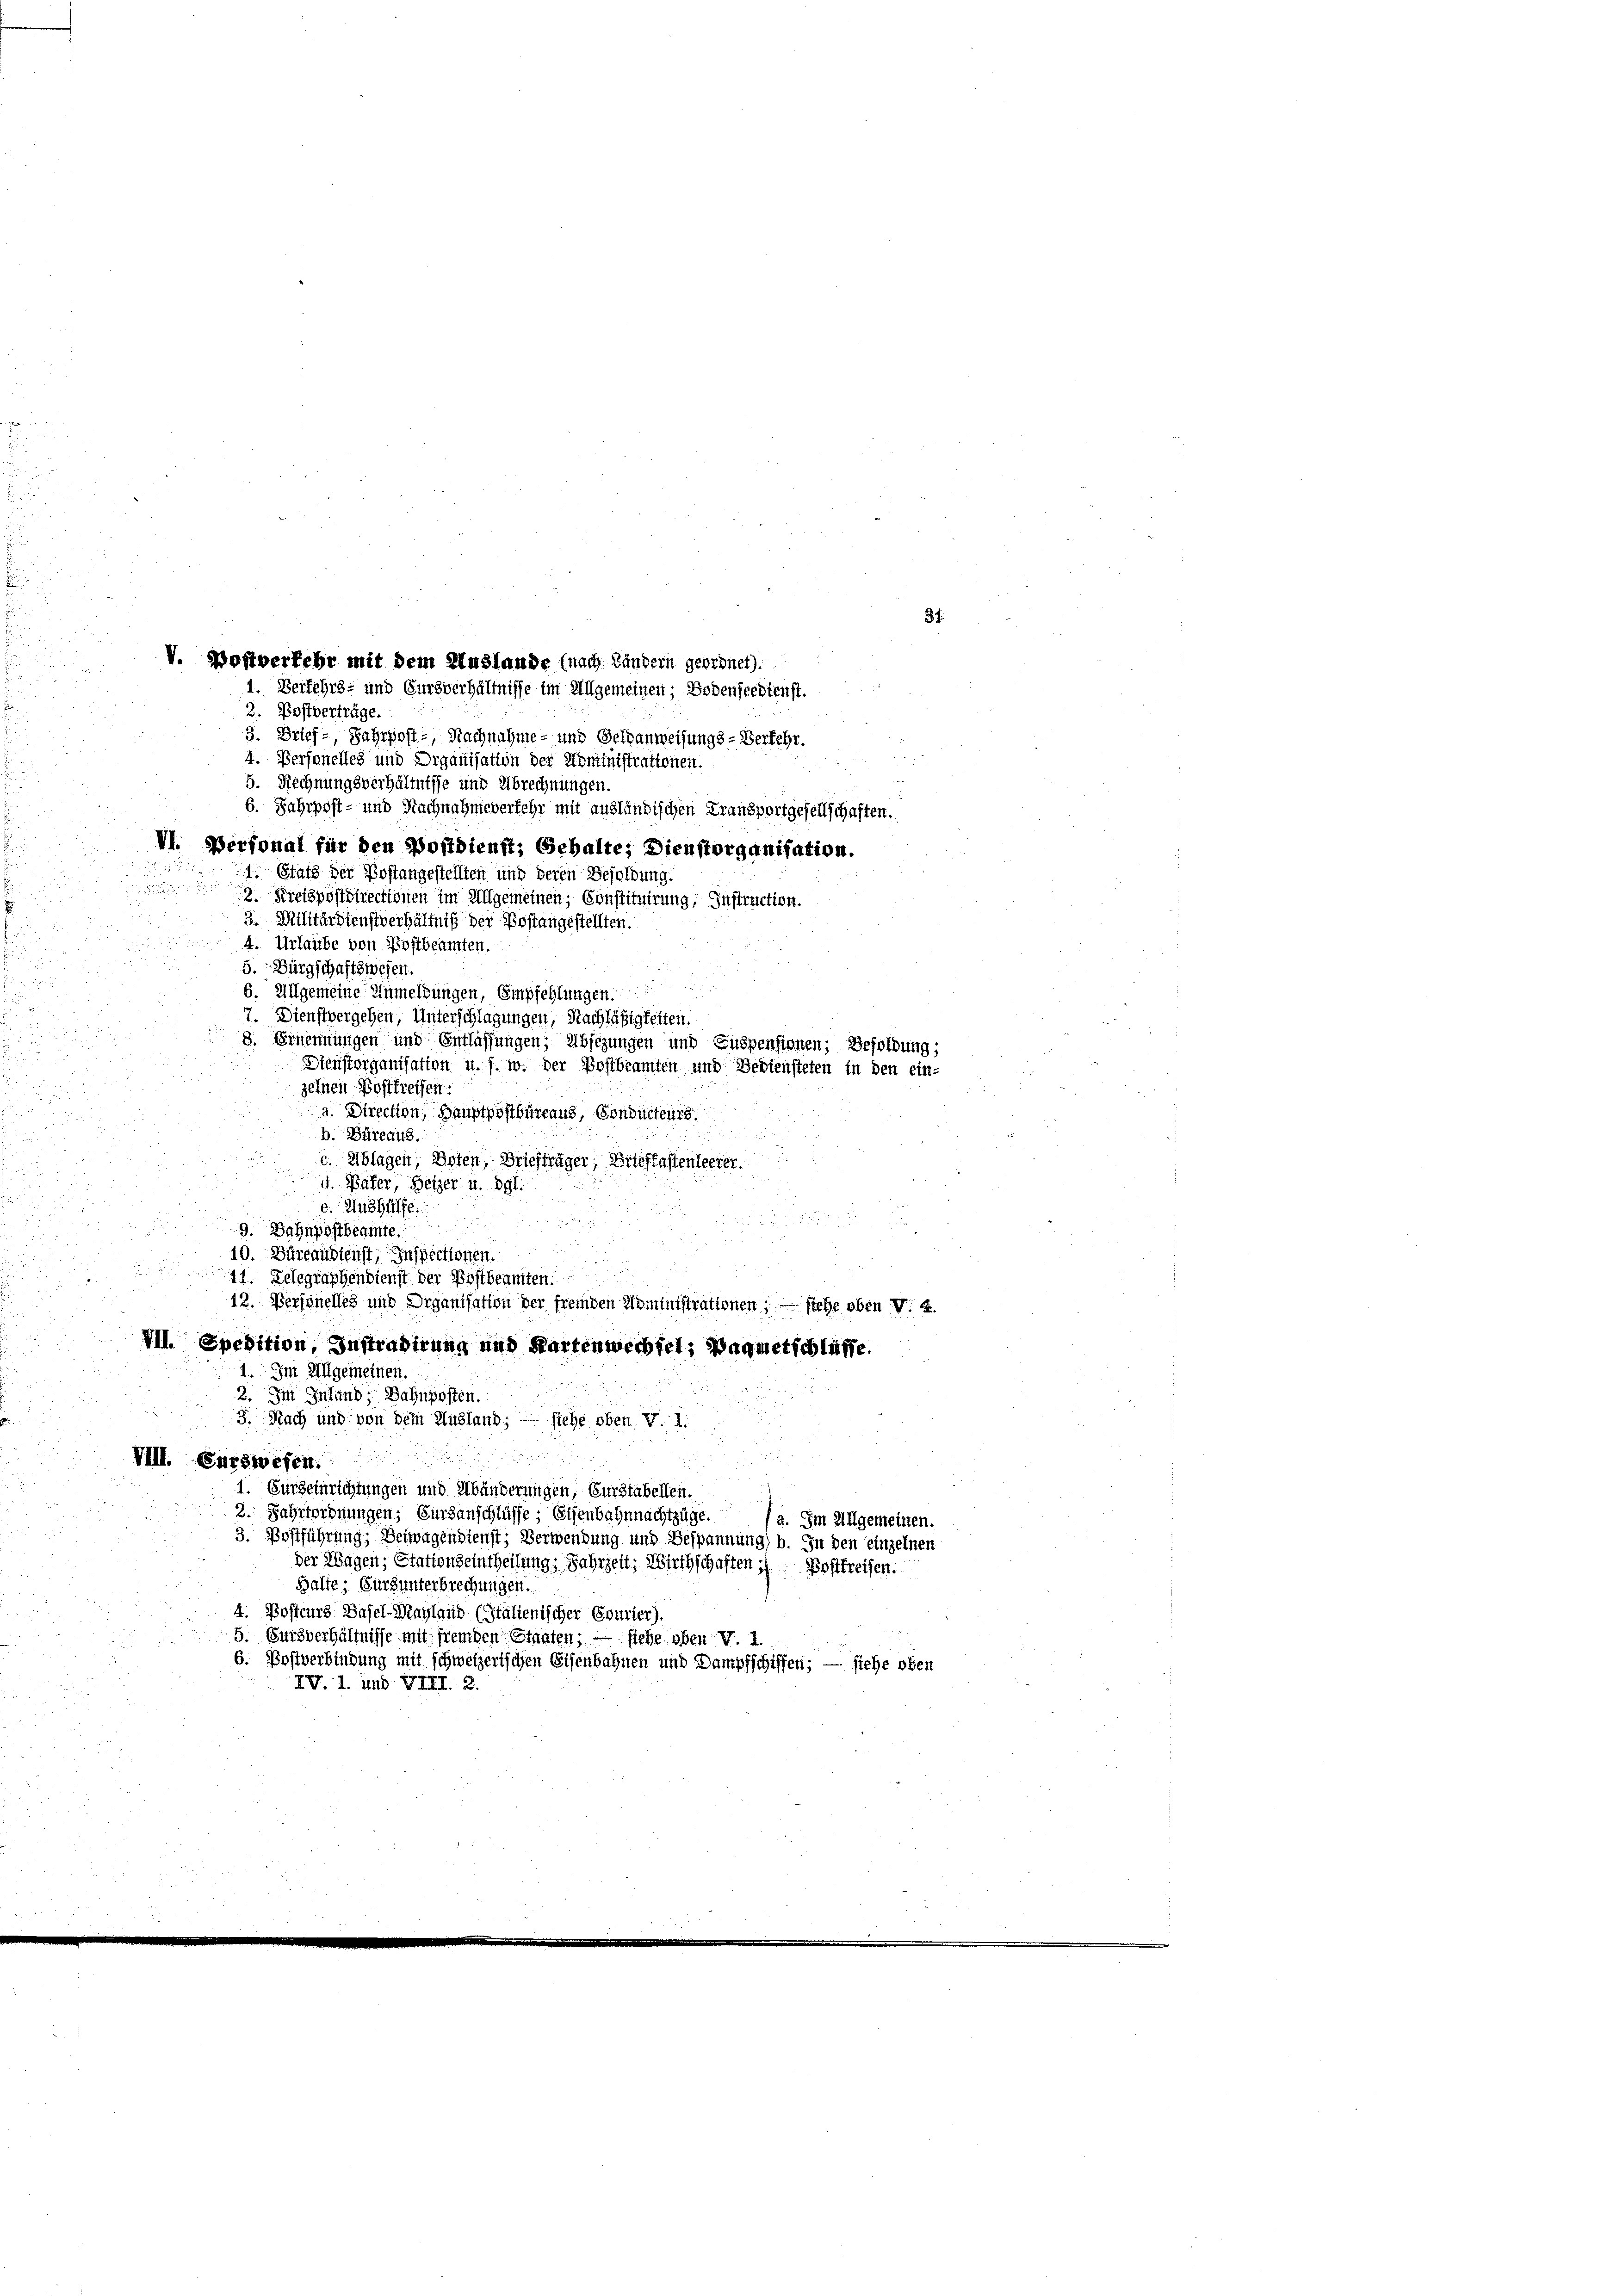
V. Postverkehr mit dem Auslande (nach Kindern geordnet).
1. Verkehrs- und Fursverhältnisse im Allgemeinen; Bodenseedienst.

31.

2. Postverträge.
3. Brief-, Jahrpost - Nachnahme - und Geldanweisungs-Verkehr.
4. Versonelles und Organisation der Noministrationen.
5. Rechnungsverhältnisse und Abrechnungen.
6. Jahrpost- und Nachnahmeverkehr mit ausländischen Fransportgesellschaften.
VI. Personal für den Postdienst; Gehalte, Dienstorganisation.
1. Statt der Postangestellten und deren Besoldung.
3. Kreispostdirectionen im Allgemeinen; Constituirung, Instruction.
3. Militärdienstverhältniß der Postangestellten.
4. Urlaube von Postbeamten.
5. Bürgschaftswesen.
6. Allgemeine Anmeldungen, Empfehlungen.
7. Dienstvergehen, Unterschlagungen, Nachläßigkeiten.
8. Ernennungen und Entlassungen, Absezungen und Suspensionen; Besoldung;
Dienstorganisation u. s. w. der Postbeamten und Bediensteten in den ein-
zelnen Postfreihen:
a. Direction, Hauptpostbüreaus, Sonducteurs
b. Büreaus.
c. Ablagen, Boten, Briefträger, Briefkastenleerer.
d. Hafer, Heizer u. dgl.
e. Aushülfe.
u
i
9. Bahnpostbeamte
10. Büreaudienst, Inspectionen.
41. Delegraphendienst der Postbeamten
12. Versonelles und Organisation der fremden Noministrationen; — stehe oben V. a.
Ill. Spedition, Instradirung und Kartenwechsel; Waquetschlüsse.
1. Im Allgemeinen.
2. Im Inland, Bahnposten.
3. Nach und von dem Ausland; — siehe oben v. 1.

VIII. Curswesen.

1. Surseinrichtungen und Abänderungen, Eurstabellen.
2. Jahrfordnungen, Eursanschlüsse; Eisenbahnnachtzüge. a. Im Allgemeinen.
3. Postführung; Beiwagen dienst; Verwendung und Bespannung) b. In den einzelnen
der Wagen, Stationseintheilung, Jahrzeit, Wirthschaften 1) Postfreisen.
Halte: Burgunterbrechungen.
4. Posteurs Basel-Mayland (Stalienischer Courier).
5. Sursverhältnisse mit fremden Staaten; — siehe oben V. 1.
6. Postverbindung mit schweizerischen Eisenbahnen und Dampfschiffen; — siehe oben
XV. 1. und VIII. 2.

s